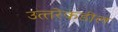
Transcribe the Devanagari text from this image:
उत्‍तरेकडील